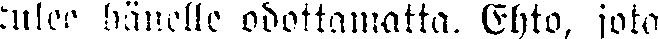
tulee Hänelle odottamatta. Ehto, joka